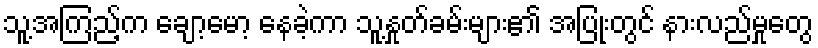
သူ့အကြည့်က ချော့မော့ နေခဲ့ကာ သူ့နှုတ်ခမ်းများ၏ အပြုံးတွင် နားလည်မှုတွေ